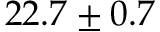
2 2 . 7 \pm 0 . 7